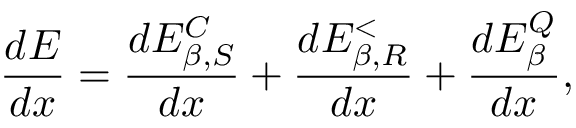
\frac { d E } { d x } = \frac { d E _ { \beta , S } ^ { C } } { d x } + \frac { d E _ { \beta , R } ^ { < } } { d x } + \frac { d E _ { \beta } ^ { Q } } { d x } ,